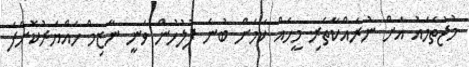
މުޖުތަމައު އަށް ނުރައްކާތެރި މީހެއް ކަމަށް ބުނެ ފުލުހުން ވަނީ ނާޒިމް ހައްޔަރުކޮށްފަ